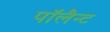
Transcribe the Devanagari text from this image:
पॉलैन्ट